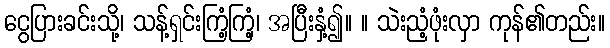
ငွေပြားခင်းသို့၊ သန့်ရှင်းကြံ့ကြံ့၊ အပြီးနှံ့၍။ ။ သဲးညံ့ဖုံးလှာ ကုန်၏တည်း။